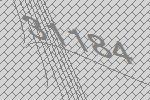
31184